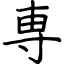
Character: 専